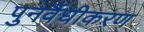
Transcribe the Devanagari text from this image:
पुनर्वैधीकरण